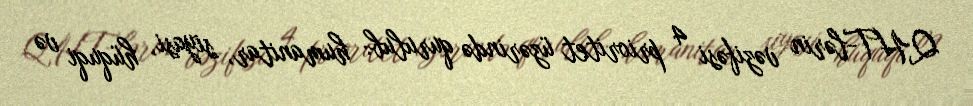
QHT-lərin vəzifəsi 4 prioritet üzərində qurulub: humanitar, siyasi, hüquqi və